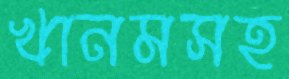
খানমসহ